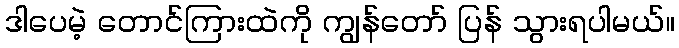
ဒါပေမဲ့ တောင်ကြားထဲကို ကျွန်တော် ပြန် သွားရပါမယ်။